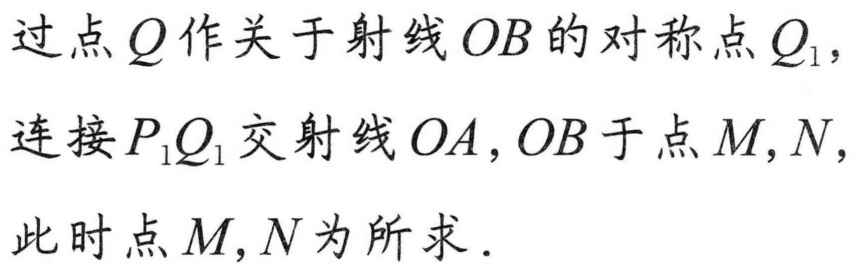
过点\(Q\)作关于射线\(OB\)的对称点\(Q_{1}\)，
连接\(P_{1}Q_{1}\)交射线\(OA,OB\)于点\(M,N\)，
此时点\(M,N\)为所求．